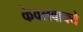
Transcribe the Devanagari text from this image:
केवलवाक्ये